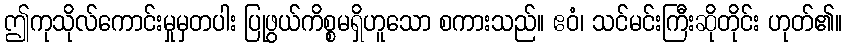
ဤကုသိုလ်ကောင်းမှုမှတပါး ပြုဖွယ်ကိစ္စမရှိဟူသော စကားသည်။ ဧဝံ၊ သင်မင်းကြီးဆိုတိုင်း ဟုတ်၏။